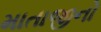
માતાજીનો